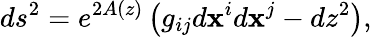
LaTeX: ds^{2}=e^{2A(z)}\left(g_{ij}d\mathbf{x}^{i}d\mathbf{x}^{j}-dz^{2}\right),